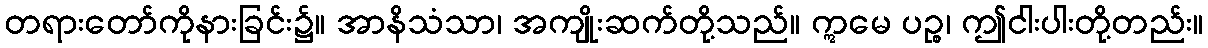
တရားတော်ကိုနားခြင်း၌။ အာနိသံသာ၊ အကျိုးဆက်တို့သည်။ ဣမေ ပဉ္စ၊ ဤငါးပါးတို့တည်း။